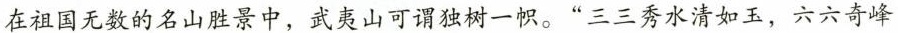
在祖国无数的名山胜景中，武夷山可谓独树一帜。”三三秀水清如玉，六六奇峰